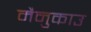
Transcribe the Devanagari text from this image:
मैनुकाउ